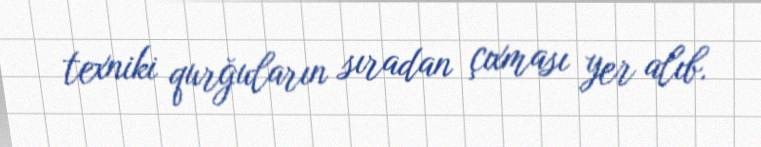
texniki qurğuların sıradan çıxması yer alıb.